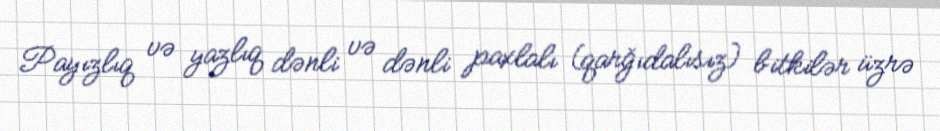
Payızlıq və yazlıq dənli və dənli paxlalı (qarğıdalısız) bitkilər üzrə